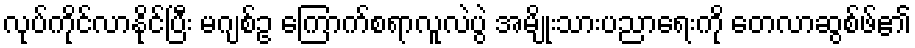
လုပ်ကိုင်လာနိုင်ပြီး မဂျစ်ဥ ကြောက်စရာလူလဲပွဲ အမျိုးသားပညာရေးကို တေလာဆွစ်ဖ်၏